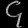
Digit: ၄